Civil Veterinary Dept. North-West Frontier Province 1933-46 - 1933-1946
Year: 1933
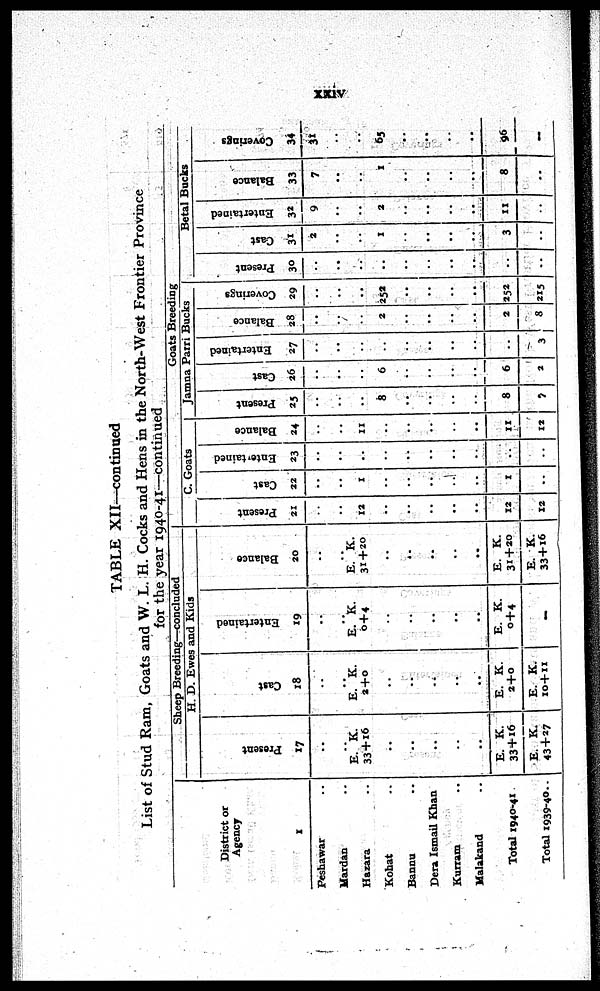
xxiv
TABLE XII—continued
List of Stud Ram, Goats and W. L. H. Cocks and Hens in the North-West Frontier Province
for the year 1940-41—continued
District or
Agency
1
Peshawar ..
Mardan ..
Hazara ..
Kohat ..
Bannu ..
Dera Ismail Khan ..
Kurram ..
Malakand ..
Total 1940-41
Total 1939-40 ..
Sheep Breeding—concluded
H. D. Ewes and Kids
Present
17
..
..
E. K.
33+16
..
..
..
..
..
E. K.
33+16
E. K.
43+27
Cast
18
..
..
E. K.
2+0
..
..
..
..
..
E. K.
2+0
E. K.
10+11
Entertained
19
..
..
E. K.
0+4
..
..
..
..
..
E. K.
0+4
—
Balance
20
..
..
E. K.
31+20
..
..
..
..
..
E. K.
31+20
E. K.
33+16
Goats Breeding
C. Goats
Present
21
..
..
12
..
..
..
..
..
12
12
Cast
22
..
..
1
..
..
..
..
..
1
..
Entertained
23
..
..
..
..
..
..
..
..
..
..
Balance
24
..
..
11
..
..
..
..
..
11
12
Jamna Parri Bucks
Present
25
..
..
..
8
..
..
..
..
8
7
Cast
26
..
..
..
6
..
..
..
..
6
2
Entertained
27
..
..
..
..
..
..
..
..
..
3
Balance
28
..
..
..
2
..
..
..
..
2
8
Coverings
29
..
..
..
252
..
..
..
..
252
215
Betal Bucks
Present
30
..
..
..
..
..
..
..
..
..
..
Cast
31
2
..
..
1
..
..
..
..
3
..
Entertained
32
9
..
..
2
..
..
..
..
11
..
Balance
33
7
..
..
1
..
..
..
..
8
..
Coverings
34
31
..
..
65
..
..
..
..
96
–